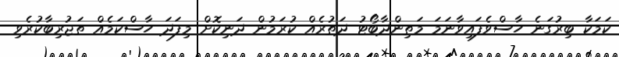
ކަމަކާ ބިރުގަނެ ހާސްވެފައިވާނަމަ މަތިންދާބޯޓު ދަތުރެއް ކުރަމުން ދަނިކޮށް މިފަދަ ހާސްކަމެއް ތަޖުރިބާކުރެވި